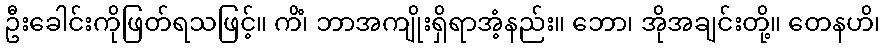
ဦးခေါင်းကိုဖြတ်ရသဖြင့်။ ကိံ၊ ဘာအကျိုးရှိရာအံ့နည်း။ ဘော၊ အိုအချင်းတို့။ တေနဟိ၊